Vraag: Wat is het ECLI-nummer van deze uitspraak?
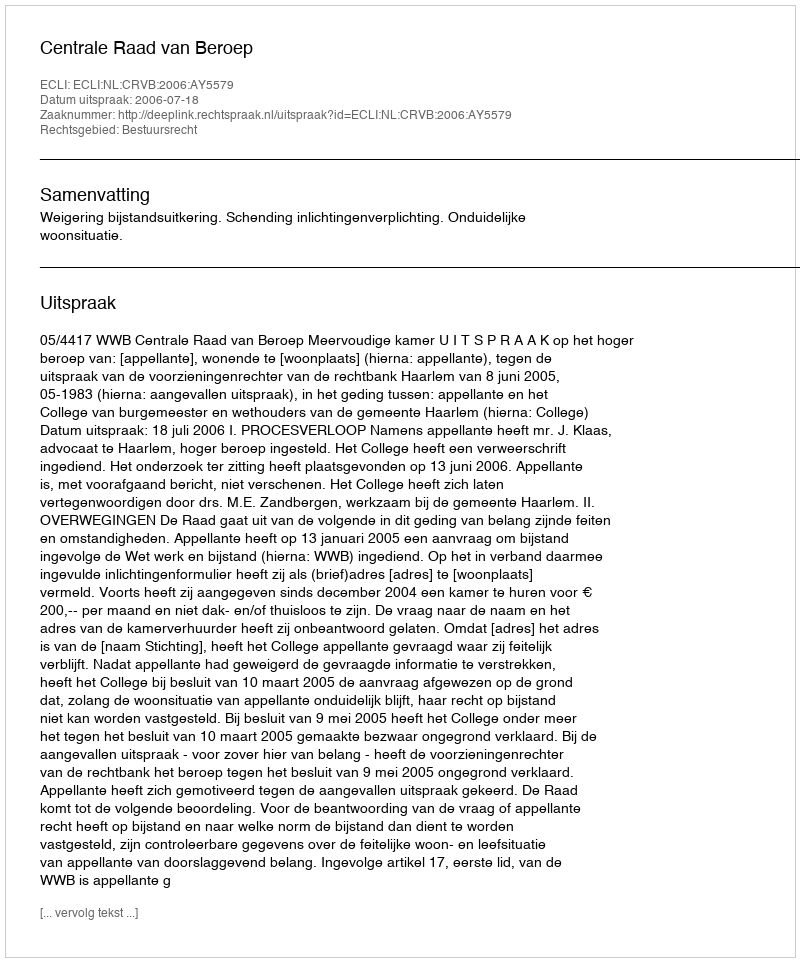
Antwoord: ECLI:NL:CRVB:2006:AY5579